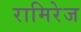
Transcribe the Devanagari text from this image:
रामिरेज